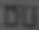
DU